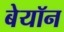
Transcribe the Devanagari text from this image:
बेयॉन